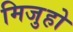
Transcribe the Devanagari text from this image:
मिजुहो